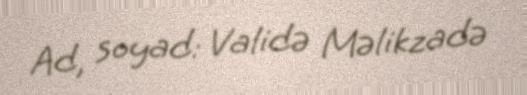
Ad, soyad: Validə Məlikzadə